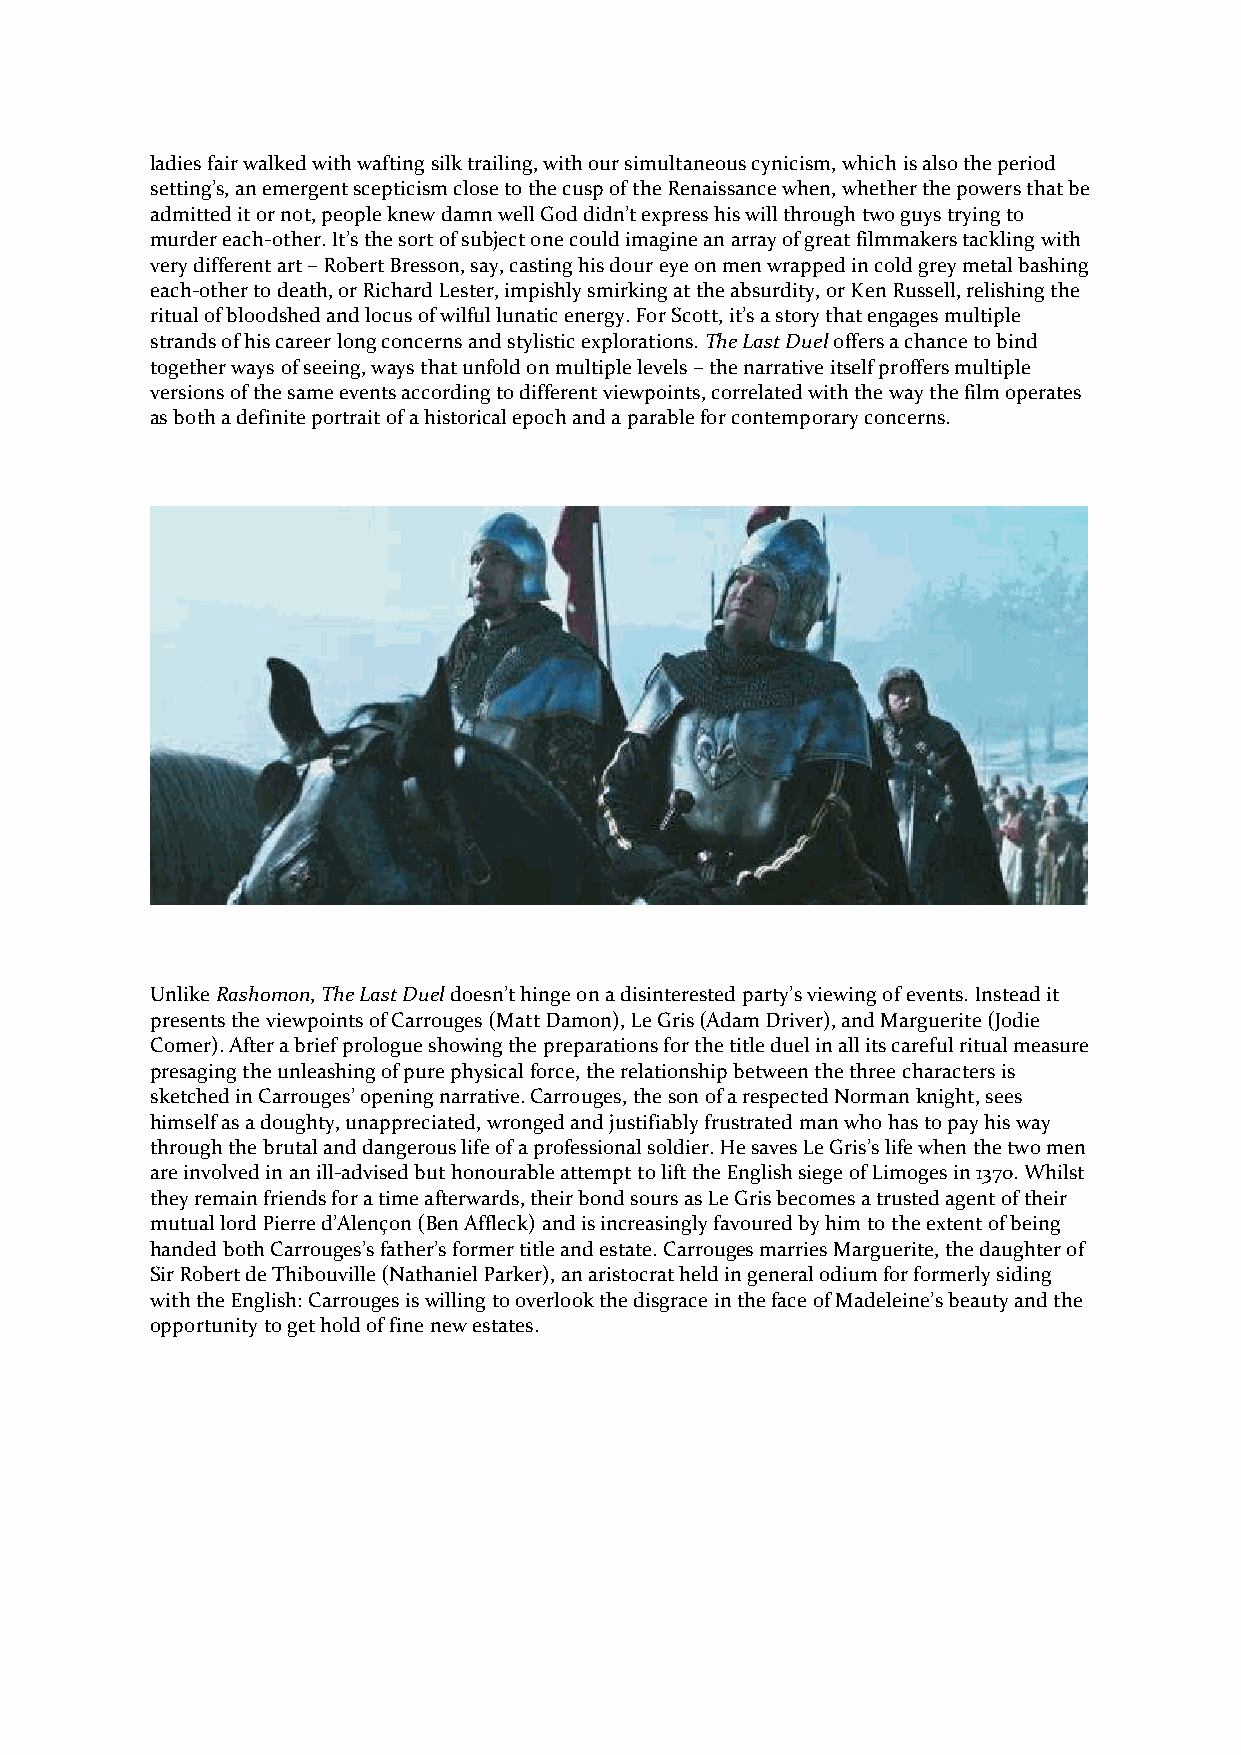
ladies fair walked with wafting silk trailing, with our simultaneous cynicism, which is also the period
 setting’s, an emergent scepticism close to the cusp of the Renaissance when, whether the powers that be
 admitted it or not, people knew damn well God didn’t express his will through two guys trying to
 murder each-other. It’s the sort of subject one could imagine an array of great filmmakers tackling with
 very different art – Robert Bresson, say, casting his dour eye on men wrapped in cold grey metal bashing
 each-other to death, or Richard Lester, impishly smirking at the absurdity, or Ken Russell, relishing the
 ritual of bloodshed and locus of wilful lunatic energy. For Scott, it’s a story that engages multiple
 strands of his career long concerns and stylistic explorations. The Last Duel offers a chance to bind
 together ways of seeing, ways that unfold on multiple levels – the narrative itself proffers multiple
 versions of the same events according to different viewpoints, correlated with the way the film operates
 as both a definite portrait of a historical epoch and a parable for contemporary concerns.
 Unlike Rashomon, The Last Duel doesn’t hinge on a disinterested party’s viewing of events. Instead it
 presents the viewpoints of Carrouges (Matt Damon), Le Gris (Adam Driver), and Marguerite (Jodie
 Comer). After a brief prologue showing the preparations for the title duel in all its careful ritual measure
 presaging the unleashing of pure physical force, the relationship between the three characters is
 sketched in Carrouges’ opening narrative. Carrouges, the son of a respected Norman knight, sees
 himself as a doughty, unappreciated, wronged and justifiably frustrated man who has to pay his way
 through the brutal and dangerous life of a professional soldier. He saves Le Gris’s life when the two men
 are involved in an ill-advised but honourable attempt to lift the English siege of Limoges in 1370. Whilst
 they remain friends for a time afterwards, their bond sours as Le Gris becomes a trusted agent of their
 mutual lord Pierre d’Alençon (Ben Affleck) and is increasingly favoured by him to the extent of being
 handed both Carrouges’s father’s former title and estate. Carrouges marries Marguerite, the daughter of
 Sir Robert de Thibouville (Nathaniel Parker), an aristocrat held in general odium for formerly siding
 with the English: Carrouges is willing to overlook the disgrace in the face of Madeleine’s beauty and the
 opportunity to get hold of fine new estates.